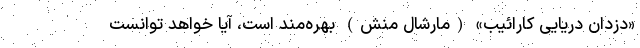
«دزدان دریایی کارائیب» (مارشال منش) بهره‌مند است، آیا خواهد توانست